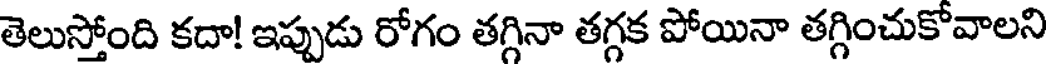
తెలుస్తోంది కదా! ఇప్పుడు రోగం తగ్గినా తగ్గక పోయినా తగ్గించుకోవాలని